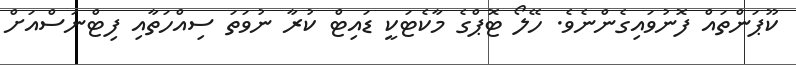
ކޫޕަންތައް ފޮނުވައިގެންނެވެ. ހޭލޯ ޓޮޕްގެ މާކެޓަކީ ޑައިޓް ކުރާ ނުވަތަ ސިއްހަތާއި ފިޓްނަސްއަށް